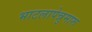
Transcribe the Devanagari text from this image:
भाटलापेन्नुमारू